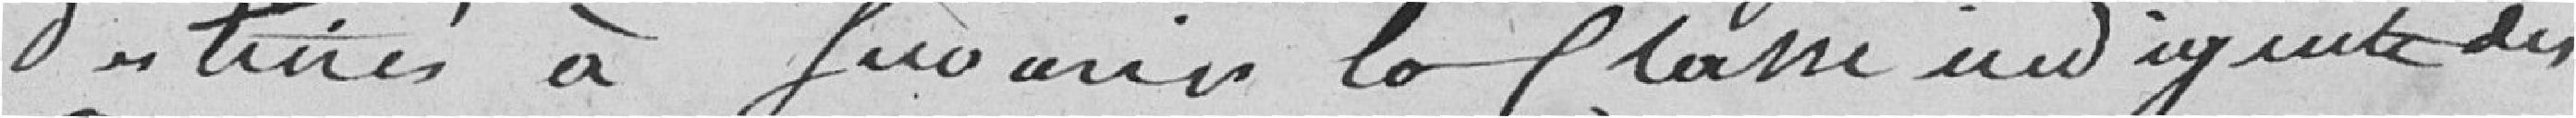
destinés à fournir la classe indigente des